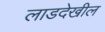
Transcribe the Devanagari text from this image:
लाडदेखील